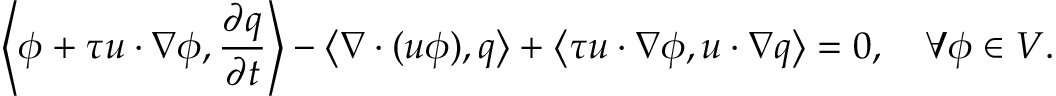
\left\langle \phi + \tau u \cdot \nabla \phi , \frac { \partial q } { \partial t } \right\rangle - \left\langle \nabla \cdot ( u \phi ) , q \right\rangle + { \left\langle \tau u \cdot \nabla \phi , u \cdot \nabla q \right\rangle } = 0 , \quad \forall \phi \in V .